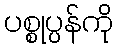
ပစ္စုပ္ပန်ကို